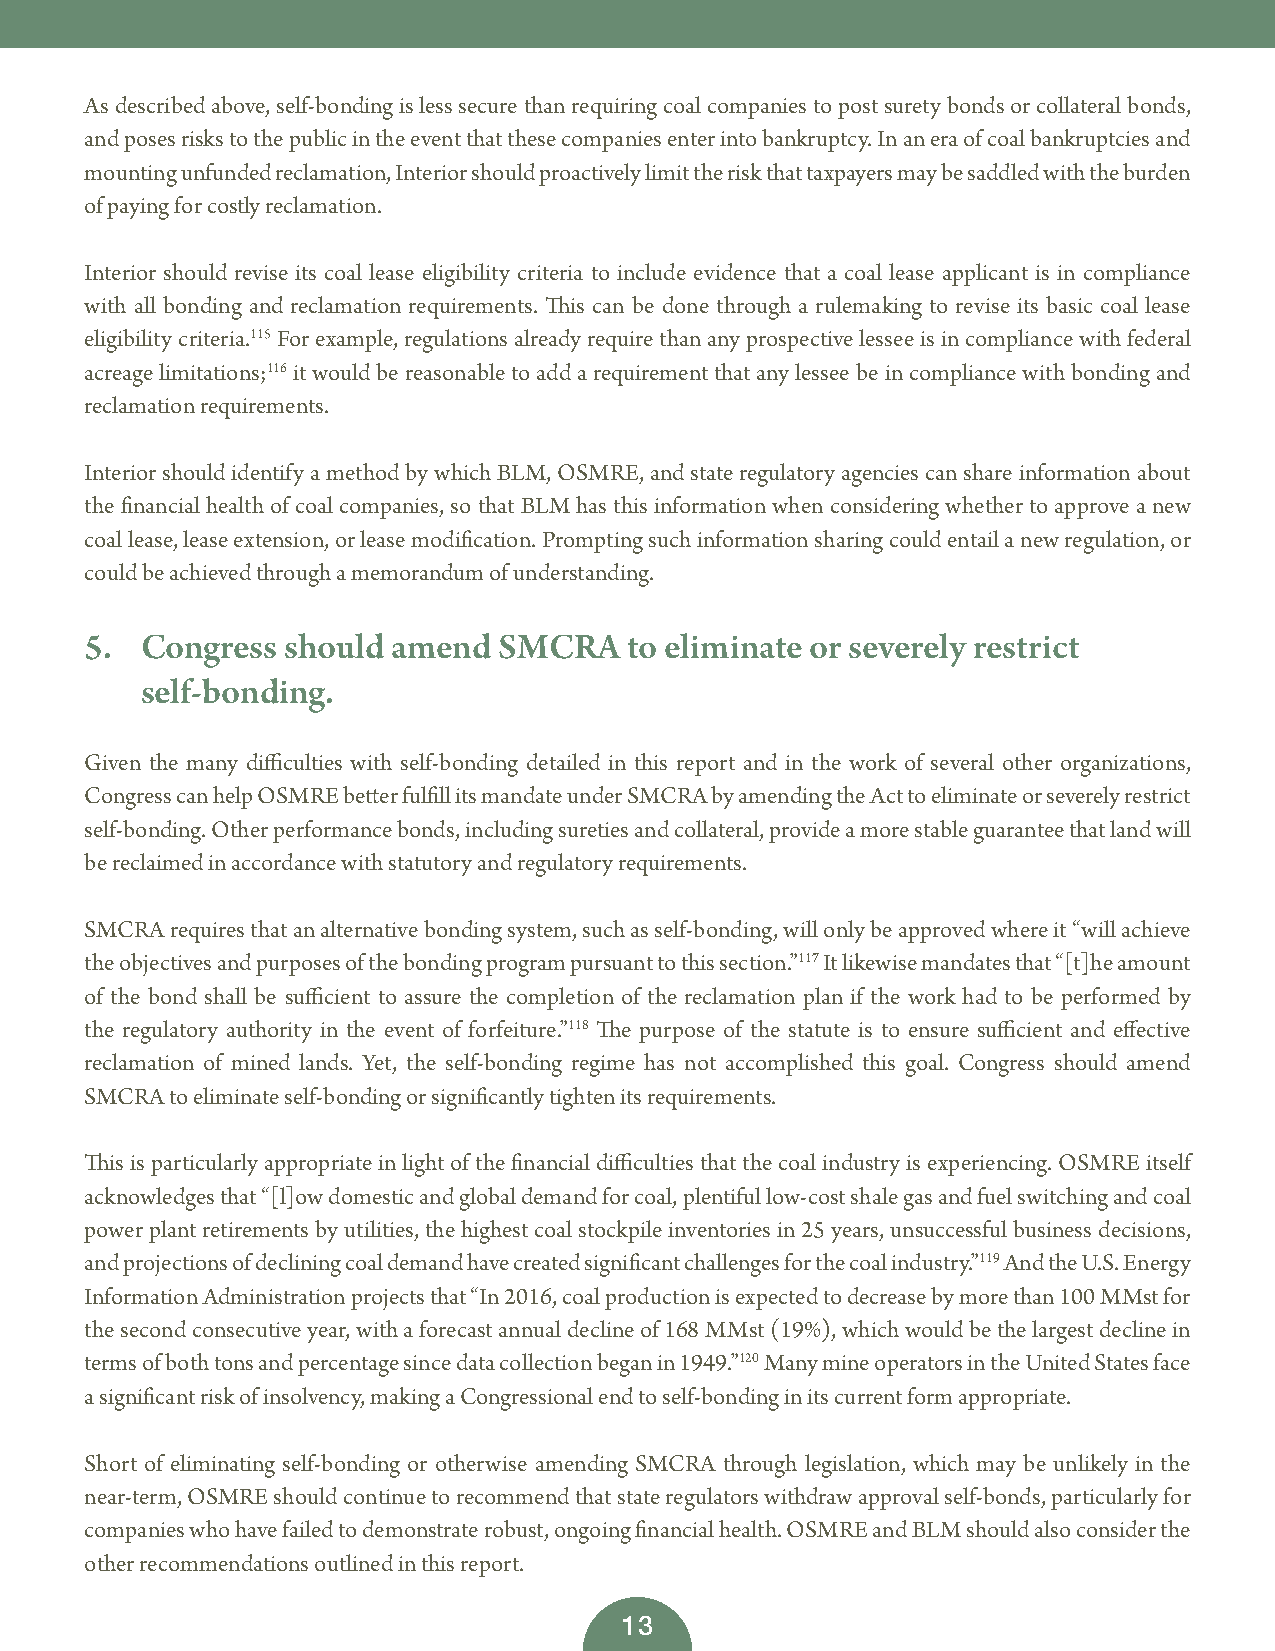
As described above, self-bonding is less secure than requiring coal companies to post surety bonds or collateral bonds,
 and poses risks to the public in the event that these companies enter into bankruptcy. In an era of coal bankruptcies and
 mounting unfunded reclamation, Interior should proactively limit the risk that taxpayers may be saddled with the burden
 of paying for costly reclamation.
 Interior should revise its coal lease eligibility criteria to include evidence that a coal lease applicant is in compliance
 with all bonding and reclamation requirements. This can be done through a rulemaking to revise its basic coal lease
 eligibility criteria.115 For example, regulations already require than any prospective lessee is in compliance with federal
 acreage limitations;116 it would be reasonable to add a requirement that any lessee be in compliance with bonding and
 reclamation requirements.
 Interior should identify a method by which BLM, OSMRE, and state regulatory agencies can share information about
 the financial health of coal companies, so that BLM has this information when considering whether to approve a new
 coal lease, lease extension, or lease modification. Prompting such information sharing could entail a new regulation, or
 could be achieved through a memorandum of understanding.
 5. Congress  should amend  SMCRA    to eliminate or severely restrict
 self-bonding.
 Given the many difficulties with self-bonding detailed in this report and in the work of several other organizations,
 Congress can help OSMRE better fulfill its mandate under SMCRA by amending the Act to eliminate or severely restrict
 self-bonding. Other performance bonds, including sureties and collateral, provide a more stable guarantee that land will
 be reclaimed in accordance with statutory and regulatory requirements.
 SMCRA requires that an alternative bonding system, such as self-bonding, will only be approved where it “will achieve
 the objectives and purposes of the bonding program pursuant to this section.”117 It likewise mandates that “[t]he amount
 of the bond shall be sufficient to assure the completion of the reclamation plan if the work had to be performed by
 the regulatory authority in the event of forfeiture.”118 The purpose of the statute is to ensure sufficient and effective
 reclamation of mined lands. Yet, the self-bonding regime has not accomplished this goal. Congress should amend
 SMCRA to eliminate self-bonding or significantly tighten its requirements.
 This is particularly appropriate in light of the financial difficulties that the coal industry is experiencing. OSMRE itself
 acknowledges that “[l]ow domestic and global demand for coal, plentiful low-cost shale gas and fuel switching and coal
 power plant retirements by utilities, the highest coal stockpile inventories in 25 years, unsuccessful business decisions,
 and projections of declining coal demand have created significant challenges for the coal industry.”119 And the U.S. Energy
 Information Administration projects that “In 2016, coal production is expected to decrease by more than 100 MMst for
 the second consecutive year, with a forecast annual decline of 168 MMst (19%), which would be the largest decline in
 terms of both tons and percentage since data collection began in 1949.”120 Many mine operators in the United States face
 a significant risk of insolvency, making a Congressional end to self-bonding in its current form appropriate.
 Short of eliminating self-bonding or otherwise amending SMCRA through legislation, which may be unlikely in the
 near-term, OSMRE should continue to recommend that state regulators withdraw approval self-bonds, particularly for
 companies who have failed to demonstrate robust, ongoing financial health. OSMRE and BLM should also consider the
 other recommendations outlined in this report.
 13